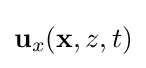
\mathbf {u} _{x}(\mathbf {x} ,z,t)